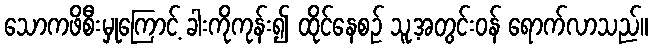
သောကဖိစီးမှုကြောင့် ခါးကိုကုန်း၍ ထိုင်နေစဉ် သူ့အတွင်းဝန် ရောက်လာသည်။